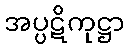
အပ္ပဋိကုဋ္ဌာ